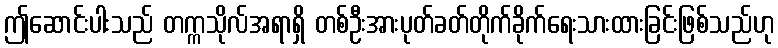
ဤဆောင်းပါးသည် တက္ကသိုလ်အရာရှိ တစ်ဦးအားပုတ်ခတ်တိုက်ခိုက်ရေးသားထားခြင်းဖြစ်သည်ဟု